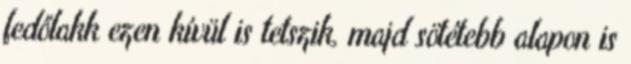
fedőlakk ezen kívül is tetszik, majd sötétebb alapon is